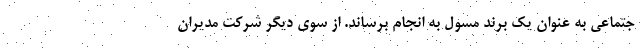
جتماعی به عنوان یک برند مسٔول به انجام برساند. از سوی دیگر شرکت مدیران